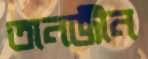
তানজীন